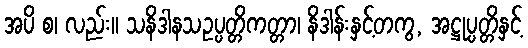
အပိ စ၊ လည်း။ သနိဒါနသဥပ္ပတ္တိကတ္တာ၊ နိဒါန်းနှင့်တကွ, အဋ္ဌုပ္ပတ္တိနှင့်